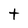
Character: t